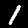
Label: 1